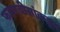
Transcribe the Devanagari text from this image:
फडणवीसांकडून